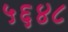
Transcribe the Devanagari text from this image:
५६४८